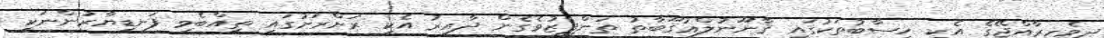
ދިވެހިރާއްޖޭގެ އެކި ހިސާބުތަކުގައި ޤާނޫނުލްޢުޤޫބާތު ތަންފީޒުވެގެން ދާއިރު އެކި ރަށްރަށުގައި ތިއްބެވި ފަނޑިޔާރުންނަކީ